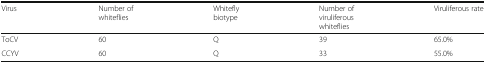
<table><thead><tr><td><b>Virus</b></td><td><b>Number of whiteflies</b></td><td><b>Whitefly biotype</b></td><td><b>Number of viruliferous whiteflies</b></td><td><b>Viruliferous rate</b></td></tr></thead><tbody><tr><td>ToCV</td><td>60</td><td>Q</td><td>39</td><td>65.0%</td></tr><tr><td>CCYV</td><td>60</td><td>Q</td><td>33</td><td>55.0%</td></tr></tbody></table>